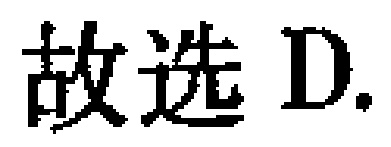
故选 D.